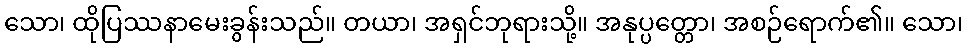
သော၊ ထိုပြဿနာမေးခွန်းသည်။ တယာ၊ အရှင်ဘုရားသို့။ အနုပ္ပတ္တော၊ အစဉ်ရောက်၏။ သော၊